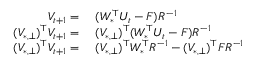
\begin{array} { r l } { V _ { t + 1 } = } & { ~ ( W _ { * } ^ { \top } U _ { t } - F ) R ^ { - 1 } } \\ { ( V _ { * , \bot } ) ^ { \top } V _ { t + 1 } = } & { ~ ( V _ { * , \bot } ) ^ { \top } ( W _ { * } ^ { \top } U _ { t } - F ) R ^ { - 1 } } \\ { ( V _ { * , \bot } ) ^ { \top } V _ { t + 1 } = } & { ~ ( V _ { * , \bot } ) ^ { \top } W _ { * } ^ { \top } R ^ { - 1 } - ( V _ { * , \bot } ) ^ { \top } F R ^ { - 1 } } \end{array}